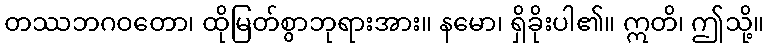
တဿဘဂဝတော၊ ထိုမြတ်စွာဘုရားအား။ နမော၊ ရှိခိုးပါ၏။ ဣတိ၊ ဤသို့။